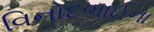
વિનોદભાઈના